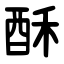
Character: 酥